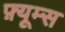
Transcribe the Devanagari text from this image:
फ़्यूम्स